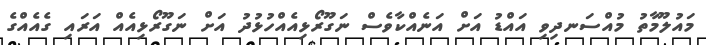
މައުލޫމާތު މުއްސަނދިވި އައްޑު އަށް އަނެއްކާވެސް ނަގޫރޯޅިއެއްހުޅުދު އަށް ނަގޫރޯޅިއެއް އަރައި ގެއެއްގެ